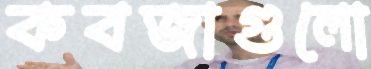
কবজাগুলো